Lunatic asylums in Bengal annual reports 1899-1911 - 1899-1911
Year: 1899
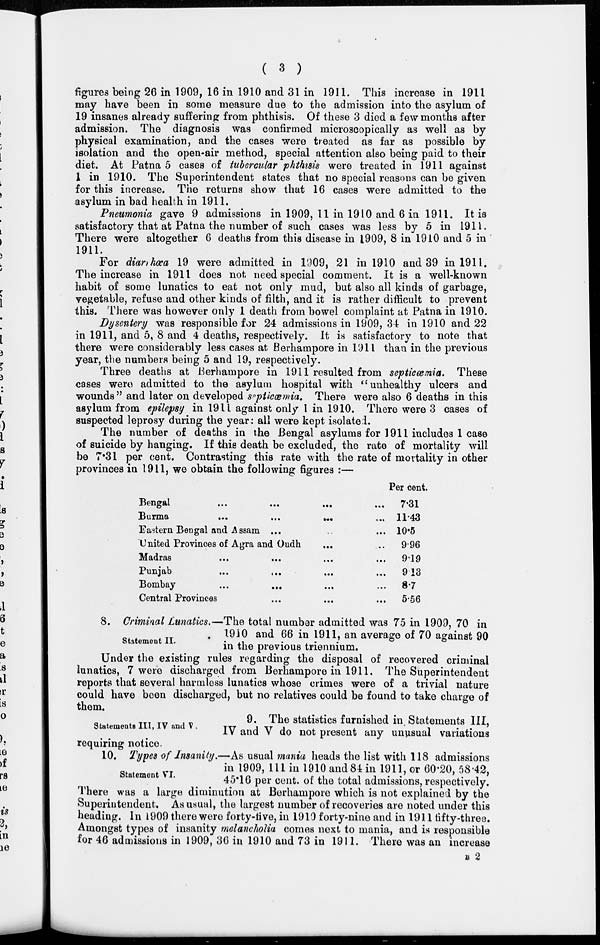
( 3 )
figures being 26 in 1909, 16 in 1910 and 31 in 1911. This increase in 1911
may have been in some measure due to the admission into the asylum of
19 insanes already suffering from phthisis. Of these 3 died a few months after
admission. The diagnosis was confirmed microscopically as well as by
physical examination, and the cases were treated as far as possible by
isolation and the open-air method, special attention also being paid to their
diet. At Patna 5 cases of tubercular phthisis were treated in 1911 against
1 in 1910. The Superintendent states that no special reasons can be given
for this increase. The returns show that 16 cases were admitted to the
asylum in bad health in 1911.
Pneumonia gave 9 admissions in 1909, 11 in 1910 and 6 in 1911. It is
satisfactory that at Patna the number of such cases was less by 5 in 1911.
There were altogether 6 deaths from this disease in 1909, 8 in 1910 and 5 in
1911.
For diar hœa 19 were admitted in l909, 21 in 1910 and 39 in 1911.
The increase in 1911 does not need special comment. It is a well-known
habit of some lunatics to eat not only mud, but also all kinds of garbage,
vegetable, refuse and other kinds of filth, and it is rather difficult to prevent
this. There was however only 1 death from bowel complaint at Patna in 1910.
Dysentery was responsible for 24 admissions in 1909, 34 in 1910 and 22
in 1911, and 5, 8 and 4 deaths, respectively. It is satisfactory to note that
there were considerably less cases at Berhampore in 1911 than in the previous
year, the numbers being 5 and 19, respectively.
Three deaths at Berhampore in 1911 resulted from septicœmia. These
cases were admitted to the asylum hospital with "unhealthy ulcers and
wounds" and later on developed septicœmia. There were also 6 deaths in this
asylum from epilepsy in 1911 against only 1 in 1910. There were 3 cases of
suspected leprosy during the year: all were kept isolated.
The number of deaths in the Bengal asylums for 1911 includes 1 case
of suicide by hanging. If this death be excluded, the rate of mortality will
be 7.31 per cent. Contrasting this rate with the rate of mortality in other
provinces in 1911, we obtain the following figures :—
Bengal
...
...
...
...
Burma ... ... ... ...
Eastern Bengal and Assam ... ... ...
United Provinces of Agra and Oudh ... ...
Madras
...
...
...
...
Punjab ... ... ... ...
Bombay ... ... ... ...
Central Provinces ... ... ...
Per cent.
7.31
11.43
10.5
9.96
9.19
9.13
8.7
5.56
Statement II.
8. Criminal Lunatics,—The total number admitted was 75 in 1909, 70 in
1910 and 66 in 1911, an average of 70 against 90
in the previous triennium.
Under the existing rules regarding the disposal of recovered criminal
lunatics, 7 were discharged from Berhampore in 1911. The Superintendent
reports that several harmless lunatics whose crimes were of a trivial nature
could have been discharged, but no relatives could be found to take charge of
them.
Statements III, IV and V .
9. The statistics furnished in. Statements III,
IV and V do not present any unusual variations
requiring notice.
Statement VI.
10. Types of Insanity.—As usual mania heads the list with 118 admissions
in 1909, 111 in 1910 and 84 in 1911, or 60.20, 58.42,
45.16 per cent. of the total admissions, respectively.
There was a large diminution at Berhampore which is not explained by the
Superintendent. As usual, the largest number of recoveries are noted under this
heading. In 1909 there were forty-five, in 1910 forty-nine and in 1911 fifty-three.
Amongst types of insanity melancholia comes next to mania, and is responsible
for 46 admissions in 1909, 36 in 1910 and 73 in 1911. There was an increase
B 2